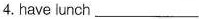
4.have lunch ___